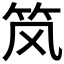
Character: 𮵭